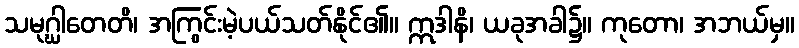
သမုဂ္ဃါတေတိ၊ အကြွင်းမဲ့ပယ်သတ်နိုင်၏။ ဣဒါနိ၊ ယခုအခါ၌။ ကုတော၊ အဘယ်မှ။